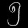
Digit: ၅